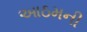
આઠમની